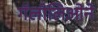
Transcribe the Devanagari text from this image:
गॅलीलिओने